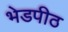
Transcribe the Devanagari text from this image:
भेडपीठ